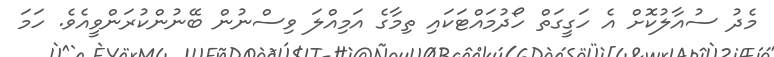
މެދު ސުއާލުކޮށް އެ ހަގީގަތް ހޯދުމައްޓަކައި ތިމާގެ އަމިއްލަ ވިސްނުން ބޭނުންކުރަންވީއެވެ. ހަމަ